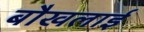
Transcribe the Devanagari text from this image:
बौखलाई